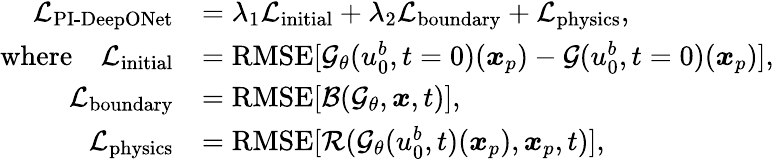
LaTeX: \begin{array}{rl}{\mathcal{L}_{\operatorname{PI-DeepONet}}}&{=\lambda_{1}\mathcal{L}_{\operatorname{initial}}+\lambda_{2}\mathcal{L}_{\operatorname{boundary}}+\mathcal{L}_{\operatorname{physics}},}\\ {\mathrm{where}\quad\mathcal{L}_{\operatorname{initial}}}&{=\operatorname{RMSE}[\mathcal{G}_{\theta}(u_{0}^{b},t=0)(\boldsymbol{x}_{p})-\mathcal{G}(u_{0}^{b},t=0)(\boldsymbol{x}_{p})],}\\ {\mathcal{L}_{\operatorname{boundary}}}&{=\operatorname{RMSE}[\mathcal{B}(\mathcal{G}_{\theta},\boldsymbol{x},t)],}\\ {\mathcal{L}_{\operatorname{physics}}}&{=\operatorname{RMSE}[\mathcal{R}(\mathcal{G}_{\theta}(u_{0}^{b},t)(\boldsymbol{x}_{p}),\boldsymbol{x}_{p},t)],}\end{array}